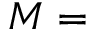
M =